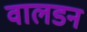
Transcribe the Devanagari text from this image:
वालडन